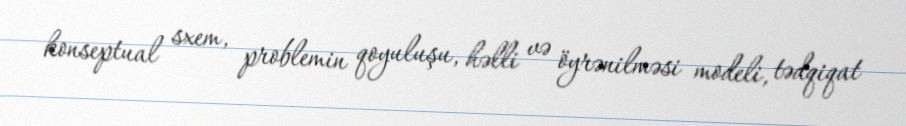
konseptual sxem, problemin qoyuluşu, həlli və öyrənilməsi modeli, tədqiqat